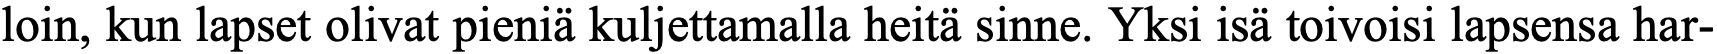
loin, kun lapset olivat pieniä kuljettamalla heitä sinne. Yksi isä toivoisi lapsensa har-